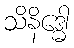
သိနိဒ္ဓေါ